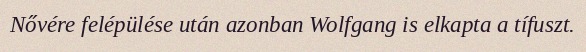
Nővére felépülése után azonban Wolfgang is elkapta a tífuszt.